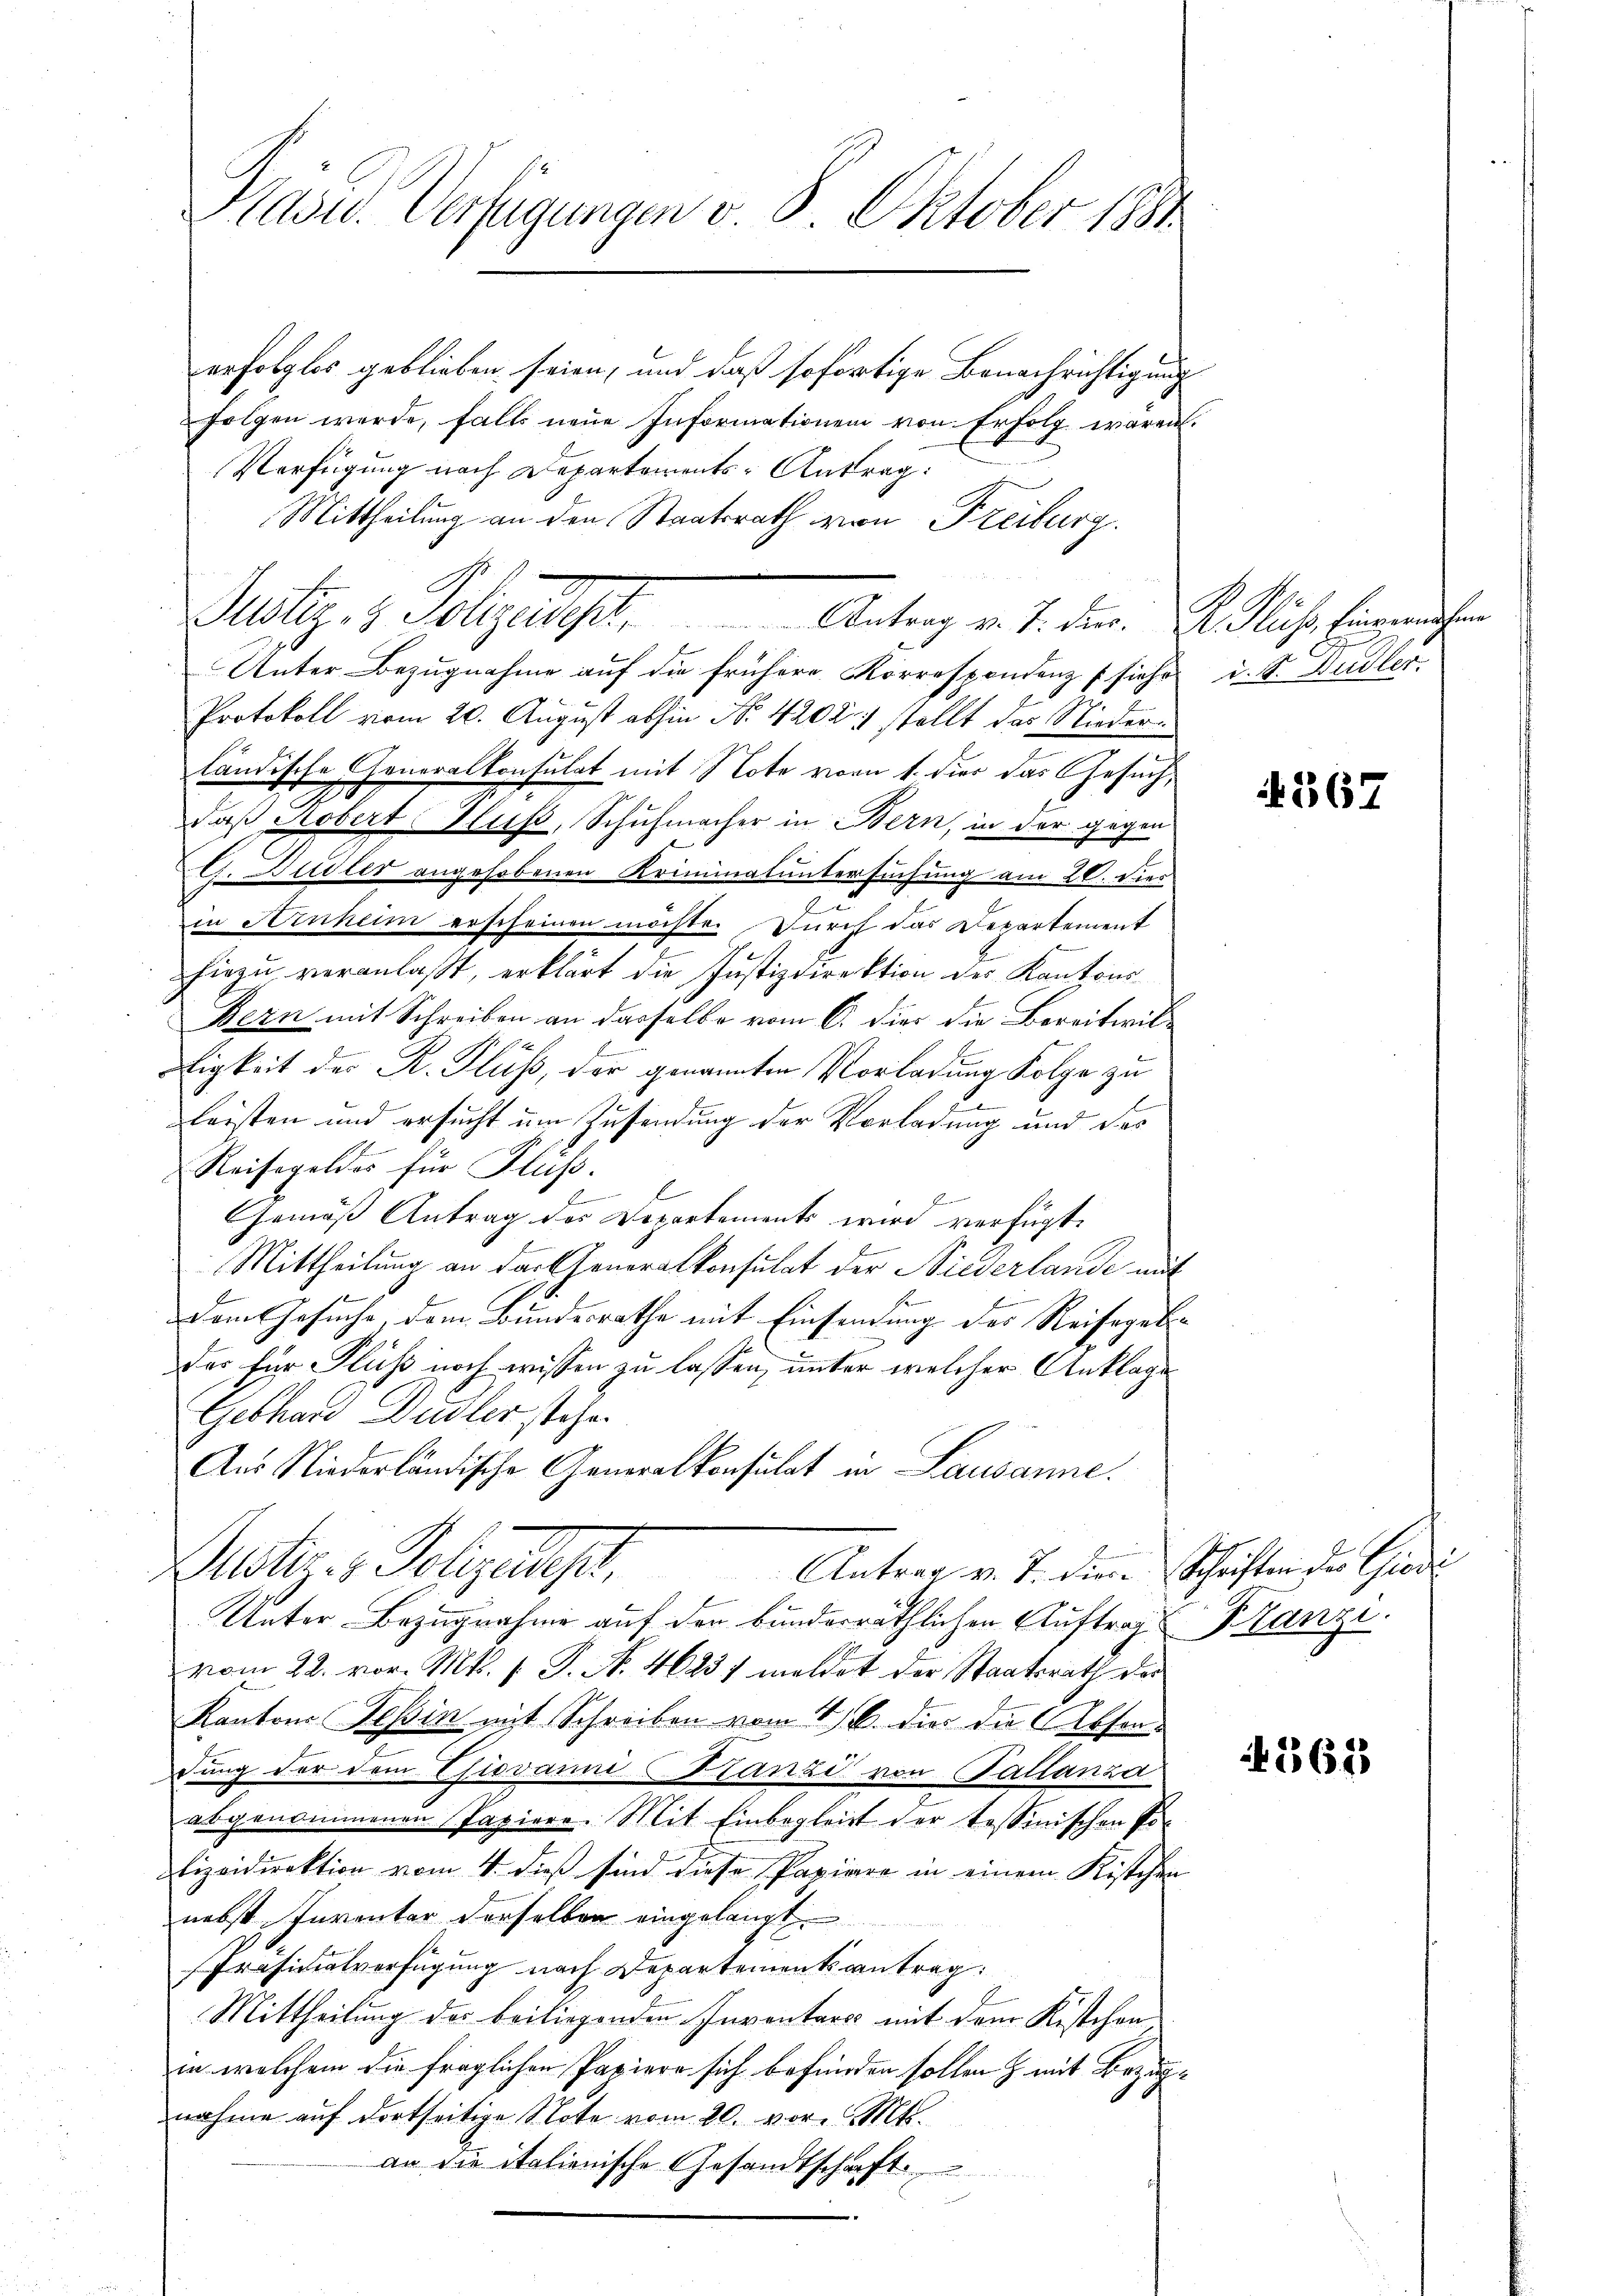
Präses Verfügungen v. 8. Oktober 1890.

Justiz, 1. Folgeregel.         Antrag v. 1. Den 20. Juch. Einreichen

erfolglos geblieben seien, und daß sofortige Benachrichtigung
folgen werde, falls neue Informationen von Erfolg wären.
Verfügung nach Departements-Antrag:
Mittheilung an den Staatsrath von Freiburg.
Unter Bezugnahme auf die frühere Korrespondenz sehr
Protokoll vom 20. August abhin Nr. 4202 stellt das Niederländische Generalkonsulat mit Note vom 1. der das Gesuch,
2
daß Mobert. Hus, Schuhmacher in Bern, in der gegen
G. Sidler angehobenen Kriminaluntersuchung am 20. dies
in Ainheim erscheinen möchte. Durch das Departement
hiezu veranlaßt, erklärt die Justizdirektion des Kantons
Bern mit Schreiben an dasselbe vom 6. dies die Bereitwiligkeit des R. Fluss, der genannten Vorladung Folge zu
leisten und ersucht um Zusendung der Vorladung und des
Reisegeldes für Fluss.
2
Gemäß Antrag des Departements wird verfügt:
Mittheilung an das Generalkonsulat der Niederlande mit
dem Gesuche, dem Bundesrathe mit Einsendung des Reisegeldas für Fluss noch wissen zu lassen, unter welcher Anklage
Gebhard Dudler stehe.
Aus Niederländische Generalkonsulat in Lausanne.
Muster v. Polizeist,
Antrag v. J. diese Schriften des Gradi
Unter Bezugnahme auf den bunderräthlichen Auftrag Kranzi
vom 22. vor. Mts. 1. P. N. 4623 f meldet der Staatsrath der
Kantons Teßin mit Schreiben vom 1. B. die die Absondung der dem Thiovanni tanze von Tallanza
abgenommenen Papiere. Mit Einbegleit der tessinischen Polizeidirektion vom 4. dieß sind diese Papiere in einem Kistchen
nebst Inventar derselben eingelangt
Präsidialverfügung nach Departementsantrag:
Mittheilung des beiliegenden Inventars mit dem Kistchen
in welchem die fraglichen Papiere sich befunden sollen & mit Bezugnahme auf dortseitige Note vom 20. vor. Mt.
an die italienische Gesandtschaft

G
d. S. Budler.

4567

3623